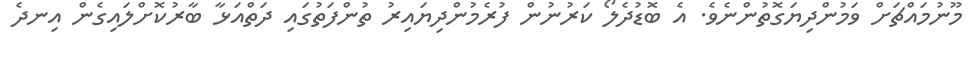
މޫނުމައްޗަށް ވަމުންދިޔަގޮތުންނެވެ. އެ ބޮޑުދެލޯ ކަރުނުން ފުރެމުންދިޔައިރު ތުންފަތުގައި ދަތްއަޅާ ބާރުކޮށްލައިގެން އިނދެ